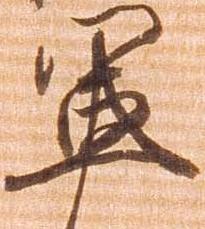
軍